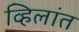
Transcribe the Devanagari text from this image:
व्हिलांत